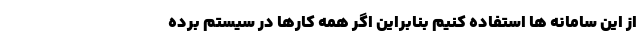
از این سامانه ها استفاده کنیم بنابراین اگر همه کارها در سیستم برده